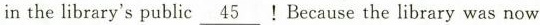
in the library's public \underline{45}！Because the library was now